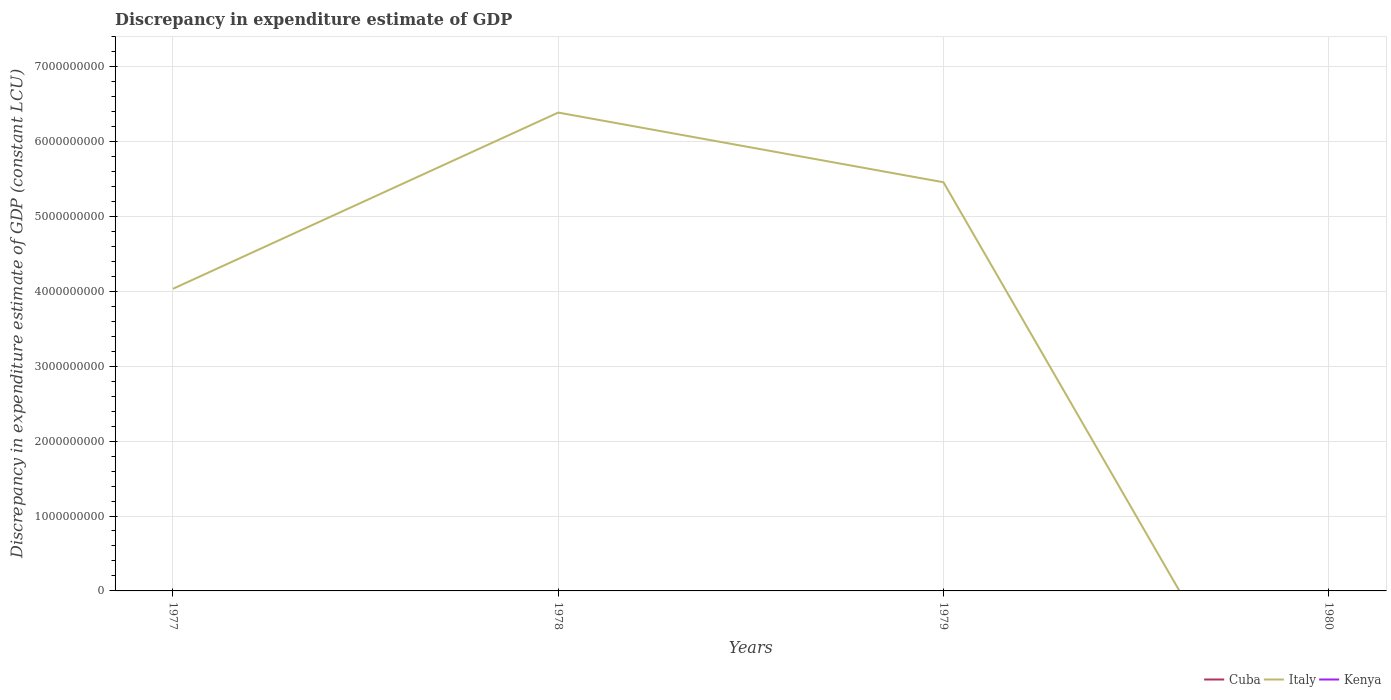
| Years | Cuba | Italy | Kenya |
 | --- | --- | --- | --- |
 | 1977 | -3.37e+08 | 4.03e+09 | -1.21e+10 |
 | 1978 | -3.61e+08 | 6.39e+09 | -1.39e+10 |
 | 1979 | -3.81e+08 | 5.46e+09 | -1.09e+10 |
 | 1980 | -3.55e+08 | -3.45e+09 | -5.95e+09 |